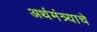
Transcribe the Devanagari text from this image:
अर्थमंत्र्याचे